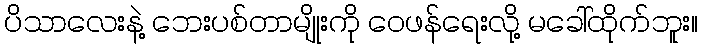
ပိသာလေးနဲ့ ဘေးပစ်တာမျိုးကို ဝေဖန်ရေးလို့ မခေါ်ထိုက်ဘူး။